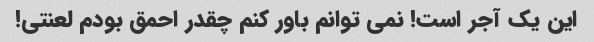
این یک آجر است! نمی توانم باور کنم چقدر احمق بودم لعنتی!